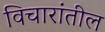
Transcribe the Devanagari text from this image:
विचारांतील